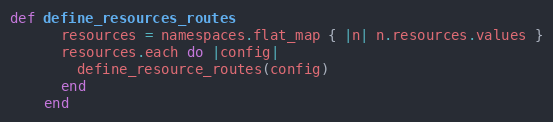
Language: Ruby
def define_resources_routes
      resources = namespaces.flat_map { |n| n.resources.values }
      resources.each do |config|
        define_resource_routes(config)
      end
    end